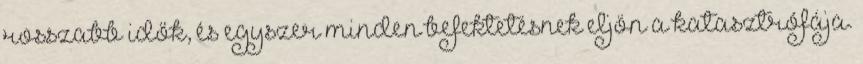
rosszabb idők, és egyszer minden befektetésnek eljön a katasztrófája.